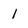
Character: 1